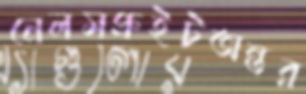
নেলসপ্রুইটঅন্তর